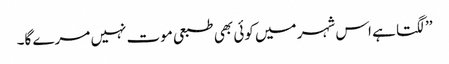
’’لگتا ہے اس شہر میں کوئی بھی طبعی موت نہیں مرے گا۔